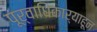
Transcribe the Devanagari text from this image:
पूर्वाधिकार्‍याहून